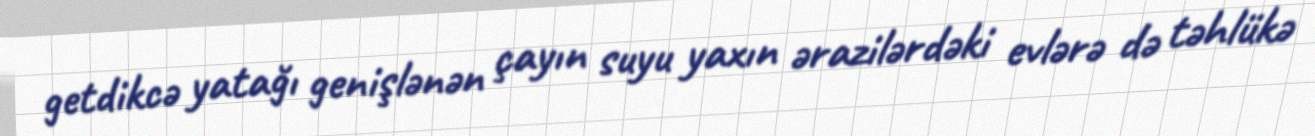
getdikcə yatağı genişlənən çayın suyu yaxın ərazilərdəki evlərə də təhlükə